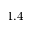
1 . 4